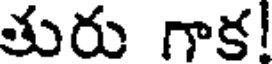
తురు గాక!